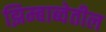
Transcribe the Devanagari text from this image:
झिम्बाब्वेतील